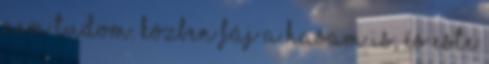
nem tudom. közben fáj a hasam is, és este